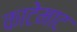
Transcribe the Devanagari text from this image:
काटेमाट